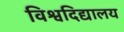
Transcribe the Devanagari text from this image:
विश्वदिद्यालय